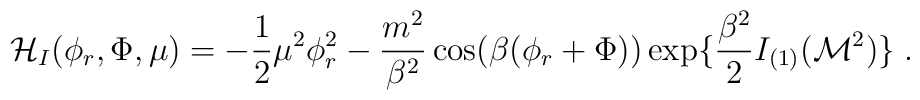
{\cal H}_I(\phi_r,\Phi,\mu)=-{\frac {1}{2}}\mu^2\phi_r^2-{\frac{m^2}{\beta^2}}\cos(\beta(\phi_r+\Phi))\exp\{{\frac {\beta^2}{2}}I_{(1)}({\cal M}^2)\} \;.